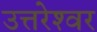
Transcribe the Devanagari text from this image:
उत्तरेश्‍वर